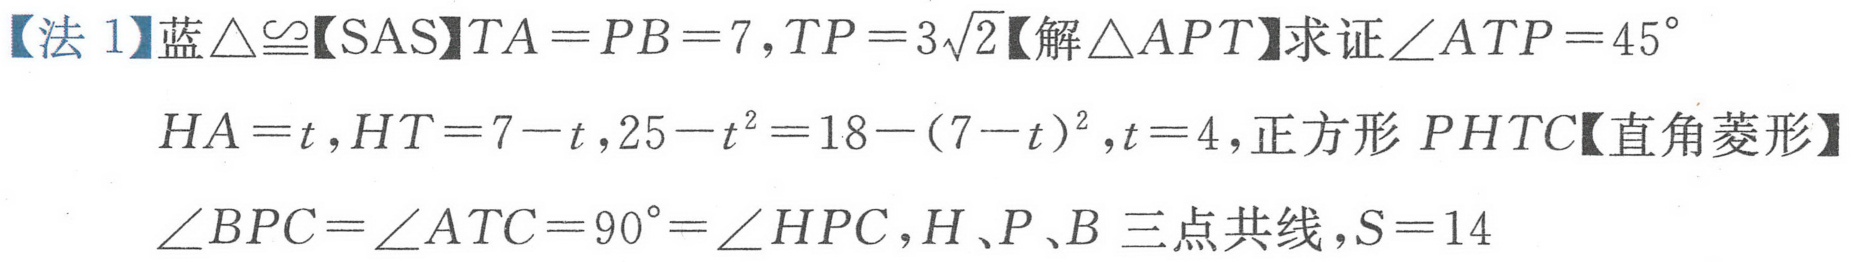
【法 1】蓝\(\triangle\cong\)【SAS】\(TA = PB = 7,TP = 3\sqrt{2}\)【解\(\triangle APT\)】求证\(\angle ATP = 45^{\circ}\)
\(HA = t,HT = 7 - t,25 - t^{2}=18-(7 - t)^{2},t = 4\),正方形\(PHTC\)【直角菱形】
\(\angle BPC=\angle ATC = 90^{\circ}=\angle HPC,H、P、B\)三点共线,\(S = 14\)